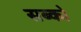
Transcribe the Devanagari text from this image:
सब्को